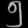
Digit: ၅